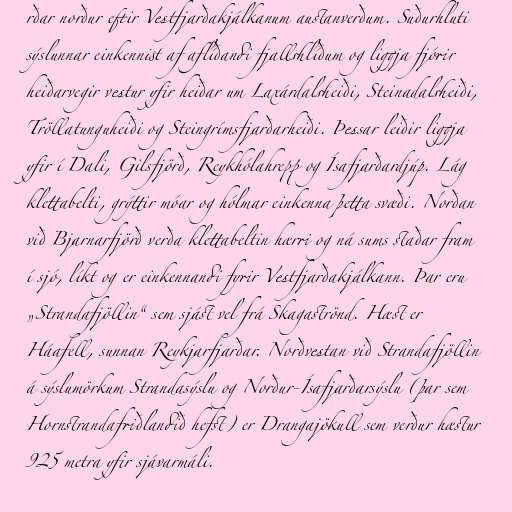
rðar norður eftir Vestfjarðakjálkanum austanverðum. Suðurhluti
sýslunnar einkennist af aflíðandi fjallshlíðum og liggja fjórir
heiðarvegir vestur yfir heiðar um Laxárdalsheiði, Steinadalsheiði,
Tröllatunguheiði og Steingrímsfjarðarheiði. Þessar leiðir liggja
yfir í Dali, Gilsfjörð, Reykhólahrepp og Ísafjarðardjúp. Lág
klettabelti, grýttir móar og hólmar einkenna þetta svæði. Norðan
við Bjarnarfjörð verða klettabeltin hærri og ná sums staðar fram
í sjó, líkt og er einkennandi fyrir Vestfjarðakjálkann. Þar eru
„Strandafjöllin“ sem sjást vel frá Skagaströnd. Hæst er
Háafell, sunnan Reykjarfjarðar. Norðvestan við Strandafjöllin
á sýslumörkum Strandasýslu og Norður-Ísafjarðarsýslu (þar sem
Hornstrandafriðlandið hefst) er Drangajökull sem verður hæstur
925 metra yfir sjávarmáli.